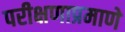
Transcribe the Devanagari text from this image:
परीक्षणाप्रमाणे